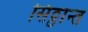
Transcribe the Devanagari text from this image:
सिठ्ठान्त